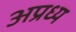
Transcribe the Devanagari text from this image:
अप्रध्य